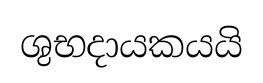
ශුභදායකයයි